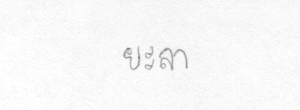
ยะลา